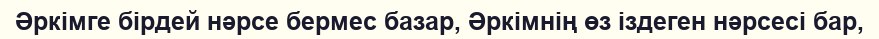
Әркімге бірдей нәрсе бермес базар, Әркімнің өз іздеген нәрсесі бар,